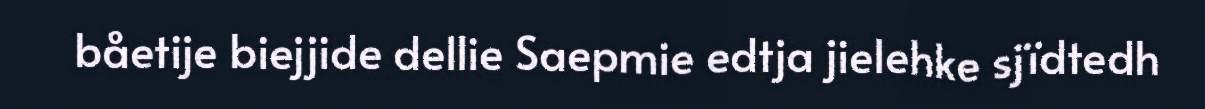
båetije biejjide dellie Saepmie edtja jielehke sjïdtedh